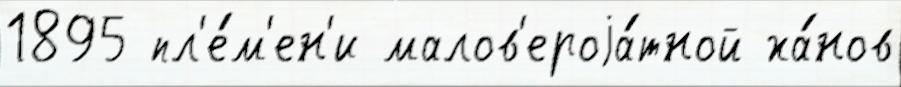
1895 пл'е́м'ен'и малов'ероjа́тной ха́нов